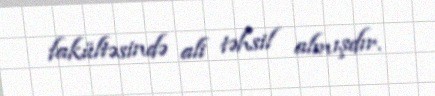
fakültəsində ali təhsil almışdır.